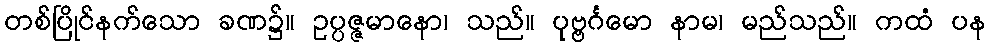
တစ်ပြိုင်နက်သော ခဏ၌။ ဥပ္ပဇ္ဇမာနော၊ သည်။ ပုဗ္ဗင်္ဂမော နာမ၊ မည်သည်။ ကထံ ပန